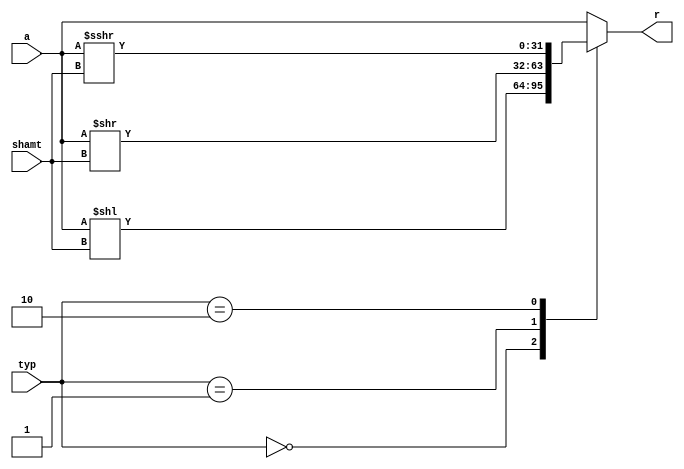
module shift(
	input wire [31:0] a,
	input wire [4:0] shamt,
	input wire [1:0] typ,	// type[0] sll or srl - type[1] sra
							// 00 : srl, 10 : sra, 01 : sll
	output reg [31:0] r 
	);

always @ * begin
  case (typ)
    2'b00 : r = (a<<shamt);//sll
    2'b01 : r = (a>>shamt);//srl
    2'b10 : r = (a>>>shamt); //sra
        default : r = a;
    endcase
end
endmodule